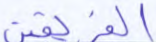
الفريقين